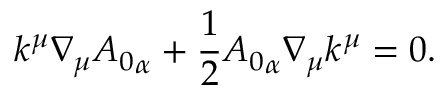
k ^ { \mu } \nabla _ { \mu } { A _ { 0 } } _ { \alpha } + \frac { 1 } { 2 } { A _ { 0 } } _ { \alpha } \nabla _ { \mu } k ^ { \mu } = 0 .